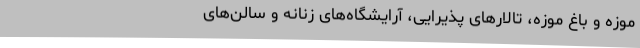
موزه و باغ موزه، تالارهای پذیرایی، آرایشگاه‌های زنانه و سالن‌های